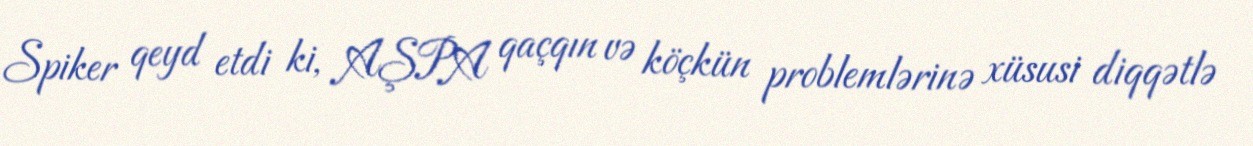
Spiker qeyd etdi ki, AŞPA qaçqın və köçkün problemlərinə xüsusi diqqətlə